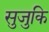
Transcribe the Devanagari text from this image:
सुजुकि